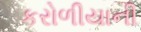
કરોળીયાની